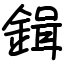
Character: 鍓